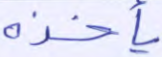
يأخذه